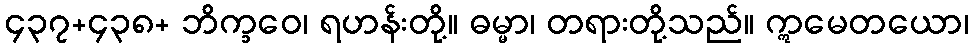
၄၃၇+၄၃၈+ ဘိက္ခဝေ၊ ရဟန်းတို့။ ဓမ္မာ၊ တရားတို့သည်။ ဣမေတယော၊